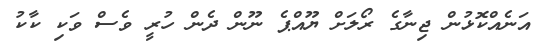
އަނެއްކޮޅުން ޖިނާގެ ރޯލަށް ޔޫއްޕެ ނޫން ދެން ހުރީ ވެސް ވަކި ކާކު